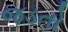
જડતો